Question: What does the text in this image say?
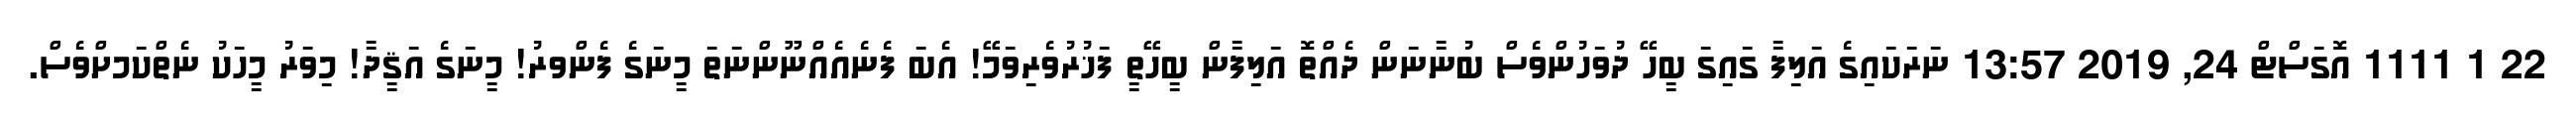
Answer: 22 1 1111 އޮގަސްޓް 24, 2019 13:57 ނަރަކައިގެ އަލިފާ ގައިގަ ބީހޭ ދުވަހުންވެސް ބުނާނަން ދެއްތޮ އަލިފާން ބީހޭތީ ފަޚުރުވެރިވަމޭ! އެބަ ފެނެއެއްނޫންނަތަ މީނަގެ ފެންވރު! މީނަގެ އަޤީދާ! މިވަރު މީހަކު ނެތްކަމށްވެސް.